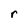
Character: r